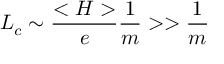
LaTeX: L _ { c } \sim { \frac { < H > } { e } } { \frac { 1 } { m } } > > { \frac { 1 } { m } }